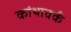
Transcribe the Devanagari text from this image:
कांथावर्क